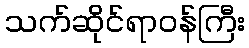
သက်ဆိုင်ရာဝန်ကြီး